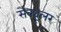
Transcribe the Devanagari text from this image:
सेक्यूलर